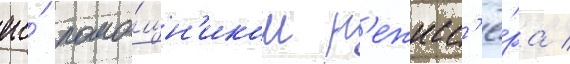
его́ помо́щн'иком р'ежисс'ё́ра /